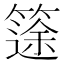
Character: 𥱻